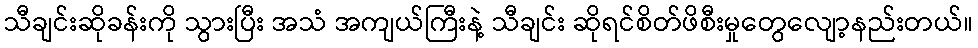
သီချင်းဆိုခန်းကို သွားပြီး အသံ အကျယ်ကြီးနဲ့ သီချင်း ဆိုရင်စိတ်ဖိစီးမှုတွေလျော့နည်းတယ်။